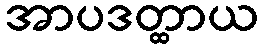
အာပဒတ္ထာယ